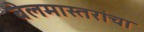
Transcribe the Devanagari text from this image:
बेलमास्तरांचा